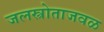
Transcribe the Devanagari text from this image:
जलस्त्रोताजवळ